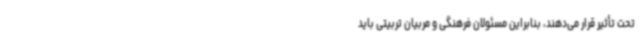
تحت تأثیر قرار می‌دهند، بنابراین مسئولان فرهنگی و مربیان تربیتی باید